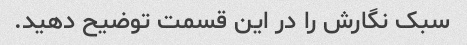
سبک نگارش را در این قسمت توضیح دهید.